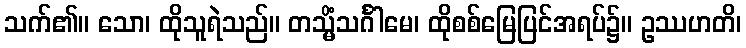
သက်၏။ သော၊ ထိုသူရဲသည်။ တသ္မိံသင်္ဂါမေ၊ ထိုစစ်မြေပြင်အရပ်၌။ ဥဿဟတိ၊